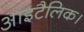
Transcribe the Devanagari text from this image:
आइटैलिक।